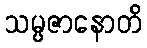
သမ္ပဇာနောတိ